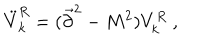
\ddot { V } _ { k } ^ { R } = ( \vec { \partial } ^ { 2 } - M ^ { 2 } ) V _ { k } ^ { R } ~ ,